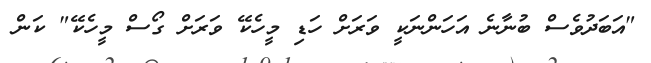
"އަބަދުވެސް ބުނާނެ އަހަންނަކީ ވަރަށް ހަޑި މީހެކޭ ވަރަށް ގޯސް މީހެކޭ" ކަން